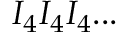
I _ { 4 } I _ { 4 } I _ { 4 } . . .